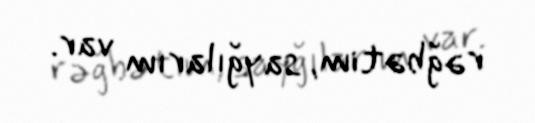
rəğbətim, sayğılarım var.